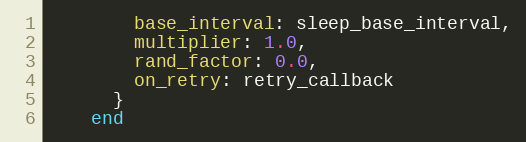
Language: Ruby
        base_interval: sleep_base_interval,
        multiplier: 1.0,
        rand_factor: 0.0,
        on_retry: retry_callback
      }
    end